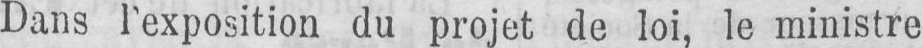
Dans l’exposition du projet de loi, le ministre